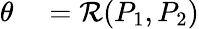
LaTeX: \begin{array}{rl}{\theta}&{{}=\mathcal{R}(P_{1},P_{2})}\end{array}